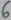
Text: 6